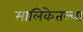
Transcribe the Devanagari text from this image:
मालिकेतल्या